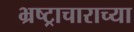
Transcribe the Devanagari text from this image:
भ्रष्ट्राचाराच्या